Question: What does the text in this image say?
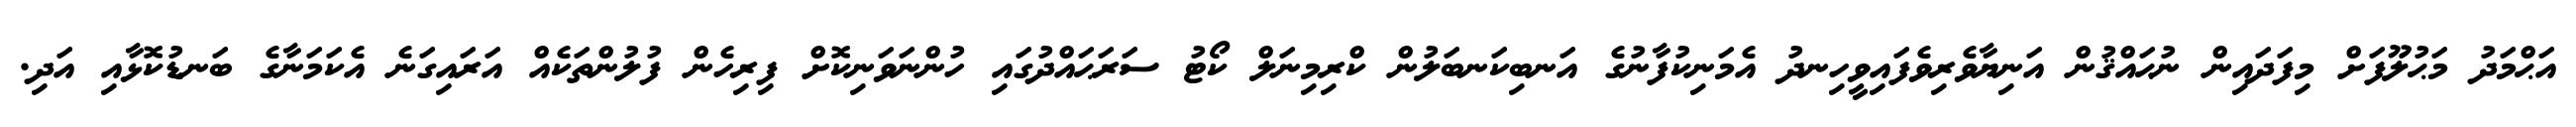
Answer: އަޙްމަދު މަޙުލޫފަށް މިފަދައިން ނުޙައްޤުން އަނިޔާވެރިވެފައިވީހިނދު އެމަނިކުފާނުގެ އަނބިކަނބަލުން ކްރިމިނަލް ކޯޓު ސަރަޙައްދުގައި ހުންނަވަނިކޮށް ފިރިހެން ފުލުންތަކެއް އަރައިގަނެ އެކަމަނާގެ ބަނޑުކޮޅާއި އަދި.